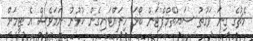
މެޗުގެ ގިނަ ވަގުތު ސައުތޭމްޕްޓަން ބޯޅަ ހިފައްޓައިގެން ކުޅުނު ނަމަވެސް އެ ޓީމަށް